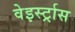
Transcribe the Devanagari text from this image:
वेइर्स्ट्रास